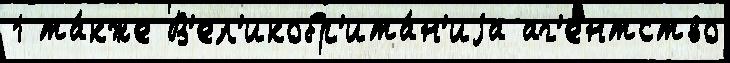
1 та́кже В'ел'икобр'ита́н'иjа аг'е́нтство